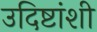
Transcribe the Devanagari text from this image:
उदिष्टांशी